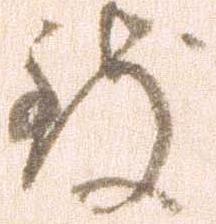
致